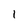
Character: 1